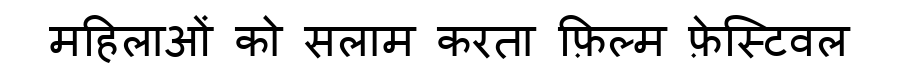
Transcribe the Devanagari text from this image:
महिलाओं को सलाम करता फ़िल्म फ़ेस्टिवल